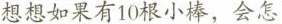
想想如果有10根小棒，会怎